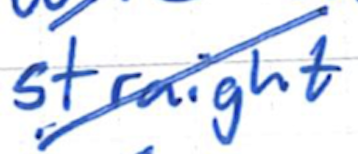
Text: straight
Cross-out: diagonal
Writing tool: ballpoint